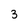
Character: 3